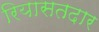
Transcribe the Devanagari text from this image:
रियासतदार